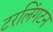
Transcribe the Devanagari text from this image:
टरलिंगटन